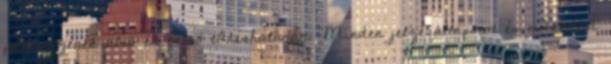
jellemzõjének alsó és felsõ tûréshatárán. Minden jelzésállapotot és mûködési